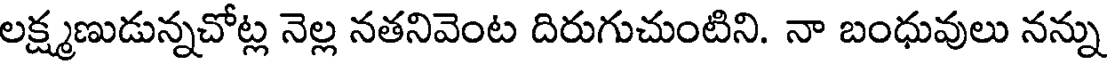
లక్ష్మణుడున్నచోట్ల నెల్ల నతనివెంట దిరుగుచుంటిని. నా బంధువులు నన్ను